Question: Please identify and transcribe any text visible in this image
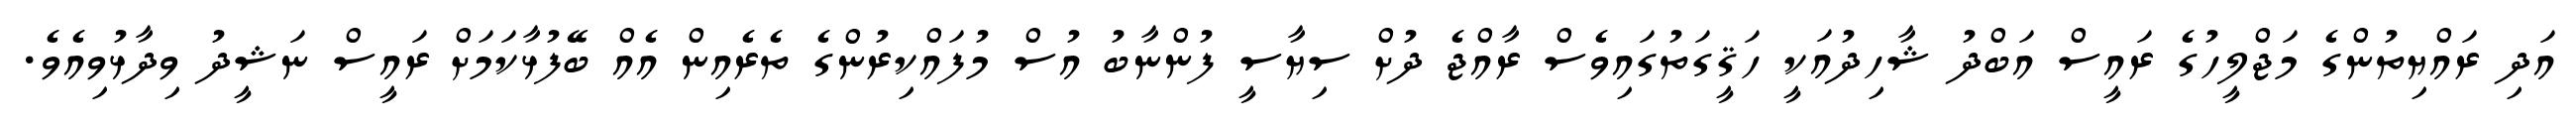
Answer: އަދި ރައްޔިތުންގެ މަޖްލީހުގެ ރައީސް އަބްދު ޝާހިދުއަކީ ހަޤީގަތުގައިވެސް ރާއްޖެ ދުށް ސިޔާސީ ފުންނާބު އުސް މުފައްކިރުންގެ ތެރެއިން އެއް ބޭފުޅާކަމަށް ރައީސް ނަޝީދު ވިދާޅުވިއެވެ.